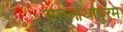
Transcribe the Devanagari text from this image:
सतनाथापुरम